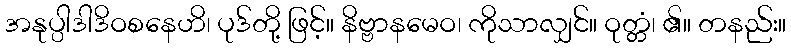
အနုပ္ပါဒါဒိဝစနေဟိ၊ ပုဒ်တို့ ဖြင့်။ နိဗ္ဗာနမေဝ၊ ကိုသာလျှင်။ ဝုတ္တံ၊ ၏။ တနည်း။